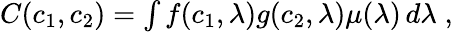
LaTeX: \begin{array}{r}{C(c_{1},c_{2})=\int f(c_{1},\lambda)g(c_{2},\lambda)\mu(\lambda)\, d\lambda\; ,}\end{array}